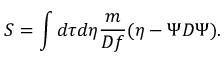
S = \int d \tau d \eta { \frac { m } { { \cal D } f } } ( \eta - \Psi { D } \Psi ) .